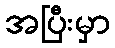
အပြီးမှာ